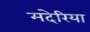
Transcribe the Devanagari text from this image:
मदेरिया